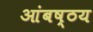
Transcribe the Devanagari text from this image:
आंबष्ठय